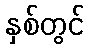
နှစ်တွင်